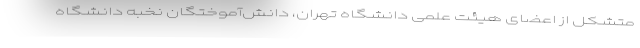
متشکل از اعضای هیئت علمی دانشگاه تهران، دانش‌آموختگان نخبه دانشگاه